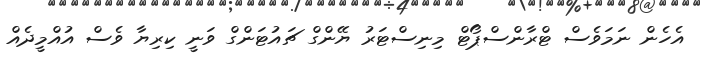
އެހެން ނަމަވެސް ޓްރާންސްޕޯޓް މިނިސްޓަރު ޔޭންގް ޗައުޓަންގް ވަނީ ކިރިޔާ ވެސް އުއްމީދެއް